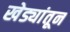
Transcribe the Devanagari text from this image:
खेड्यांतून